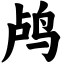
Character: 鸬